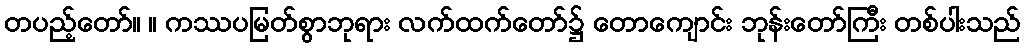
တပည့်တော်။ ။ ကဿပမြတ်စွာဘုရား လက်ထက်တော်၌ တောကျောင်း ဘုန်းတော်ကြီး တစ်ပါးသည်